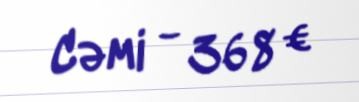
Cəmi - 368 €